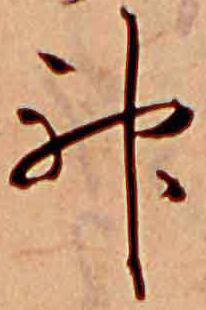
神